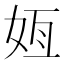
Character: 𫰟